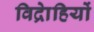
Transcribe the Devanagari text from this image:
विद्राेहियों